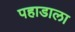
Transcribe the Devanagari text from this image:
पहाडाला